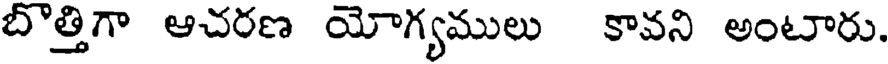
బొత్తిగా ఆచరణ యోగ్యములు కావని అంటారు.